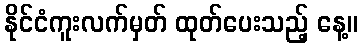
နိုင်ငံကူးလက်မှတ် ထုတ်ပေးသည့် နေ့။